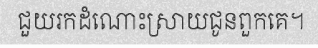
ជួយរកដំណោះស្រាយជូនពួកគេ។